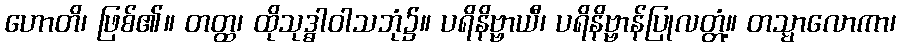
ဟောတိ၊ ဖြစ်၏။ တတ္ထ၊ ထိုသုဒ္ဓါဝါသဘုံ၌။ ပရိနိဗ္ဗာယီ၊ ပရိနိဗ္ဗာန်ပြုလတ္တံ့။ တသ္မာလောကာ၊